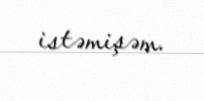
istəmişəm.